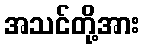
အသင်တို့အား